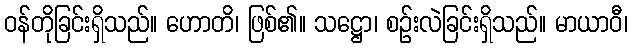
ဝန်တိုခြင်းရှိသည်။ ဟောတိ၊ ဖြစ်၏။ သဋ္ဌော၊ စဉ်းလဲခြင်းရှိသည်။ မာယာဝီ၊